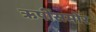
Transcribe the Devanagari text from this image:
ऋषींसमोर